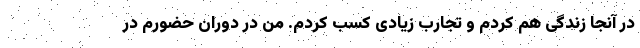
در آنجا زندگی هم کردم و تجارب زیادی کسب کردم. من در دوران حضورم در